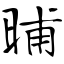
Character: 晡